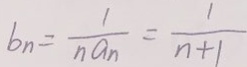
b _ { n } = \frac { 1 } { n a _ { n } } = \frac { 1 } { n + 1 }